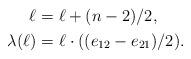
LaTeX: \begin{align*}\begin{aligned} \ell_{} &= \ell + (n-2)/2,\\ \lambda(\ell_{}) &= \ell_{}\cdot((e_{12}-e_{21})/2). \end{aligned}\end{align*}